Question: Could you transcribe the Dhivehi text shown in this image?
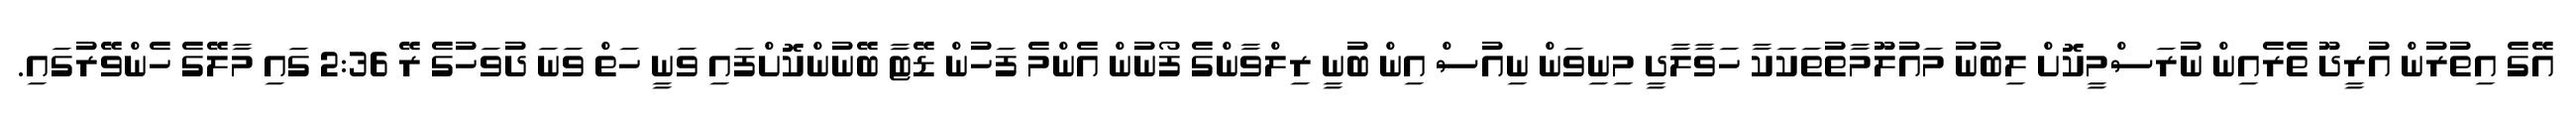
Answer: އޭގެ އިތުރުން އުރީދޫ ތެރެއިން ނުރަސްމީކޮށް ލިބުނު މައުލޫމާތުތަކަކާ ހަވާލާދީ މިނިވަން ނިއުސް އިން ބުނީ ރިލްވާންގެ ފޯނުން އެންމެ ފަހުން ޑޭޓާ ބޭނުންކޮށްފައި ވަނީ ހަތް ވަނަ ދުވަހުގެ ރޭ 2:36 ގައި މާލޭގެ ހެންވޭރުގައި.